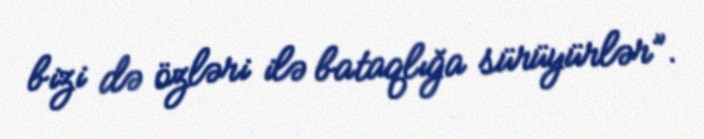
bizi də özləri ilə bataqlığa sürüyürlər”.